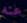
عنه